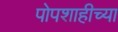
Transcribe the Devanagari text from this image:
पोपशाहीच्या